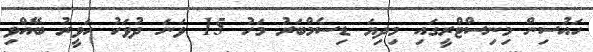
ހައުސިން މިނިސްޓްރީގައި މިދިޔަ ޑިސެމްބަރު މަހު 15 ވަނަ ދުވަހު ހަވީރު ބޭއްވި